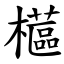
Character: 櫙